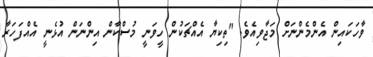
ވާހަކައިން އެންމެންނަށް މަޖާވިއެވެ. "ތިކިޔާ އެއްޗަކުން ހީވަނީ މުސްކާން އިންނަން އުޅެނީ އެއްފަހަރާ